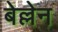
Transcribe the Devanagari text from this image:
बेल्लेन